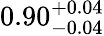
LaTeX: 0.90_{-0.04}^{+0.04}